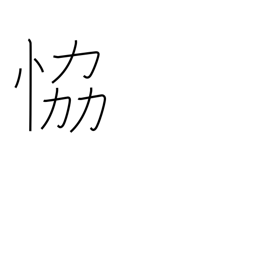
Meaning: threaten